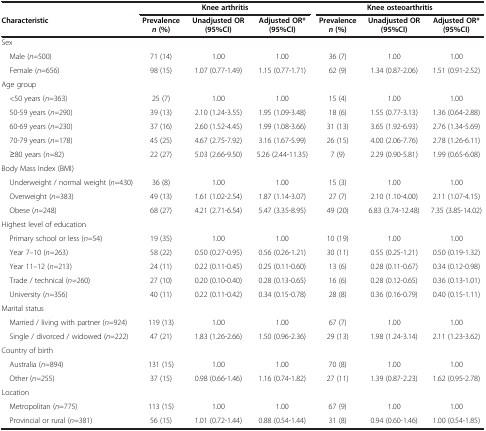
<table><thead><tr><td><b> </b></td><td colspan="3"><b>Knee arthritis</b></td><td colspan="3"><b>Knee osteoarthritis</b></td></tr><tr><td><b>Characteristic</b></td><td><b>Prevalence<i>n</i>(%)</b></td><td><b>Unadjusted OR (95%CI)</b></td><td><b>Adjusted OR* (95%CI)</b></td><td><b>Prevalence<i>n</i>(%)</b></td><td><b>Unadjusted OR (95%CI)</b></td><td><b>Adjusted OR* (95%CI)</b></td></tr></thead><tbody><tr><td colspan="7">Sex</td></tr><tr><td> Male (<i>n=</i>500)</td><td>71 (14)</td><td>1.00</td><td>1.00</td><td>36 (7)</td><td>1.00</td><td>1.00</td></tr><tr><td> Female (<i>n=</i>656)</td><td>98 (15)</td><td>1.07 (0.77-1.49)</td><td>1.15 (0.77-1.71)</td><td>62 (9)</td><td>1.34 (0.87-2.06)</td><td>1.51 (0.91-2.52)</td></tr><tr><td colspan="7">Age group</td></tr><tr><td> &lt;50 years (<i>n=</i>363)</td><td>25 (7)</td><td>1.00</td><td>1.00</td><td>15 (4)</td><td>1.00</td><td>1.00</td></tr><tr><td> 50-59 years (<i>n=</i>290)</td><td>39 (13)</td><td>2.10 (1.24-3.55)</td><td>1.95 (1.09-3.48)</td><td>18 (6)</td><td>1.55 (0.77-3.13)</td><td>1.36 (0.64-2.88)</td></tr><tr><td> 60-69 years (<i>n=</i>230)</td><td>37 (16)</td><td>2.60 (1.52-4.45)</td><td>1.99 (1.08-3.66)</td><td>31 (13)</td><td>3.65 (1.92-6.93)</td><td>2.76 (1.34-5.69)</td></tr><tr><td> 70-79 years (<i>n=</i>178)</td><td>45 (25)</td><td>4.67 (2.75-7.92)</td><td>3.16 (1.67-5.99)</td><td>26 (15)</td><td>4.00 (2.06-7.76)</td><td>2.78 (1.26-6.11)</td></tr><tr><td> ≥80 years (<i>n=</i>82)</td><td>22 (27)</td><td>5.03 (2.66-9.50)</td><td>5.26 (2.44-11.35)</td><td>7 (9)</td><td>2.29 (0.90-5.81)</td><td>1.99 (0.65-6.08)</td></tr><tr><td colspan="7">Body Mass Index (BMI)</td></tr><tr><td> Underweight / normal weight (<i>n=</i>430)</td><td>36 (8)</td><td>1.00</td><td>1.00</td><td>15 (3)</td><td>1.00</td><td>1.00</td></tr><tr><td> Overweight (<i>n=</i>383)</td><td>49 (13)</td><td>1.61 (1.02-2.54)</td><td>1.87 (1.14-3.07)</td><td>27 (7)</td><td>2.10 (1.10-4.00)</td><td>2.11 (1.07-4.15)</td></tr><tr><td> Obese (<i>n=</i>248)</td><td>68 (27)</td><td>4.21 (2.71-6.54)</td><td>5.47 (3.35-8.95)</td><td>49 (20)</td><td>6.83 (3.74-12.48)</td><td>7.35 (3.85-14.02)</td></tr><tr><td colspan="7">Highest level of education</td></tr><tr><td> Primary school or less (<i>n=</i>54)</td><td>19 (35)</td><td>1.00</td><td>1.00</td><td>10 (19)</td><td>1.00</td><td>1.00</td></tr><tr><td> Year 7–10 (<i>n=</i>263)</td><td>58 (22)</td><td>0.50 (0.27-0.95)</td><td>0.56 (0.26-1.21)</td><td>30 (11)</td><td>0.55 (0.25-1.21)</td><td>0.50 (0.19-1.32)</td></tr><tr><td> Year 11–12 (<i>n=</i>213)</td><td>24 (11)</td><td>0.22 (0.11-0.45)</td><td>0.25 (0.11-0.60)</td><td>13 (6)</td><td>0.28 (0.11-0.67)</td><td>0.34 (0.12-0.98)</td></tr><tr><td> Trade / technical (<i>n=</i>260)</td><td>27 (10)</td><td>0.20 (0.10-0.40)</td><td>0.28 (0.13-0.65)</td><td>16 (6)</td><td>0.28 (0.12-0.65)</td><td>0.36 (0.13-1.01)</td></tr><tr><td> University (<i>n=</i>356)</td><td>40 (11)</td><td>0.22 (0.11-0.42)</td><td>0.34 (0.15-0.78)</td><td>28 (8)</td><td>0.36 (0.16-0.79)</td><td>0.40 (0.15-1.11)</td></tr><tr><td colspan="7">Marital status</td></tr><tr><td> Married / living with partner (<i>n=</i>924)</td><td>119 (13)</td><td>1.00</td><td>1.00</td><td>67 (7)</td><td>1.00</td><td>1.00</td></tr><tr><td> Single / divorced / widowed (<i>n=</i>222)</td><td>47 (21)</td><td>1.83 (1.26-2.66)</td><td>1.50 (0.96-2.36)</td><td>29 (13)</td><td>1.98 (1.24-3.14)</td><td>2.11 (1.23-3.62)</td></tr><tr><td colspan="7">Country of birth</td></tr><tr><td> Australia (<i>n=</i>894)</td><td>131 (15)</td><td>1.00</td><td>1.00</td><td>70 (8)</td><td>1.00</td><td>1.00</td></tr><tr><td> Other (<i>n=</i>255)</td><td>37 (15)</td><td>0.98 (0.66-1.46)</td><td>1.16 (0.74-1.82)</td><td>27 (11)</td><td>1.39 (0.87-2.23)</td><td>1.62 (0.95-2.78)</td></tr><tr><td colspan="7">Location</td></tr><tr><td> Metropolitan (<i>n</i>=775)</td><td>113 (15)</td><td>1.00</td><td>1.00</td><td>67 (9)</td><td>1.00</td><td>1.00</td></tr><tr><td> Provincial or rural (<i>n</i>=381)</td><td>56 (15)</td><td>1.01 (0.72-1.44)</td><td>0.88 (0.54-1.44)</td><td>31 (8)</td><td>0.94 (0.60-1.46)</td><td>1.00 (0.54-1.85)</td></tr></tbody></table>